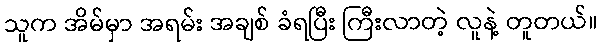
သူက အိမ်မှာ အရမ်း အချစ် ခံရပြီး ကြီးလာတဲ့ လူနဲ့ တူတယ်။